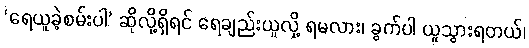
‘ရေယူခဲ့စမ်းပါ’ ဆိုလို့ရှိရင် ရေချည်းယူလို့ ရမလား၊ ခွက်ပါ ယူသွားရတယ်၊